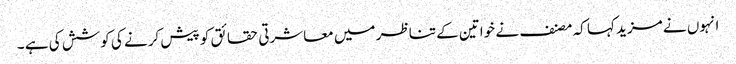
انہوں نے مزید کہا کہ مصنف نے خواتین کے تناظر میں معاشرتی حقائق کو پیش کرنے کی کوشش کی ہے ۔